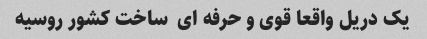
یک دریل واقعا قوی و حرفه ای  ساخت کشور روسیه